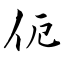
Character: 伌